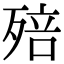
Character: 殕